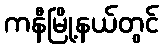
ကနီမြို့နယ်တွင်